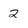
Character: 2